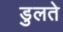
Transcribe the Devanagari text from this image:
डुलते